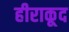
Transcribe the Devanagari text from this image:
हीराकूद